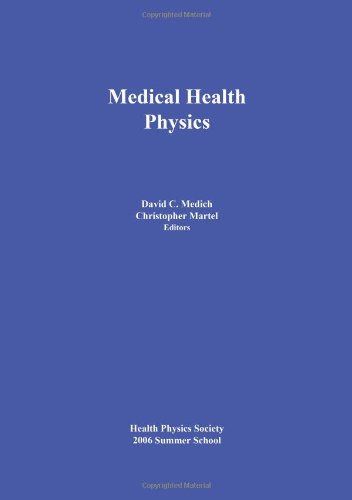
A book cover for Medical Health Physics: Health Physics Society 2006 Summer School; David C. Medich; Education & Teaching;